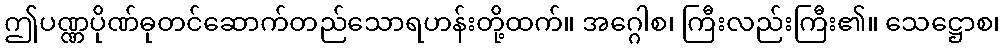
ဤပဏ္ဏပိုဏ်ဓုတင်ဆောက်တည်သောရဟန်းတို့ထက်။ အဂ္ဂေါစ၊ ကြီးလည်းကြီး၏။ သေဋ္ဌောစ၊